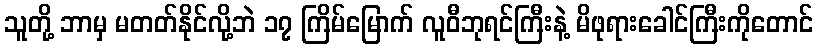
သူတို့ ဘာမှ မတတ်နိုင်လို့ဘဲ ၁၇ ကြိမ်မြောက် လူဝီဘုရင်ကြီးနဲ့ မိဖုရားခေါင်ကြီးကိုတောင်